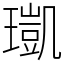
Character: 𤩑